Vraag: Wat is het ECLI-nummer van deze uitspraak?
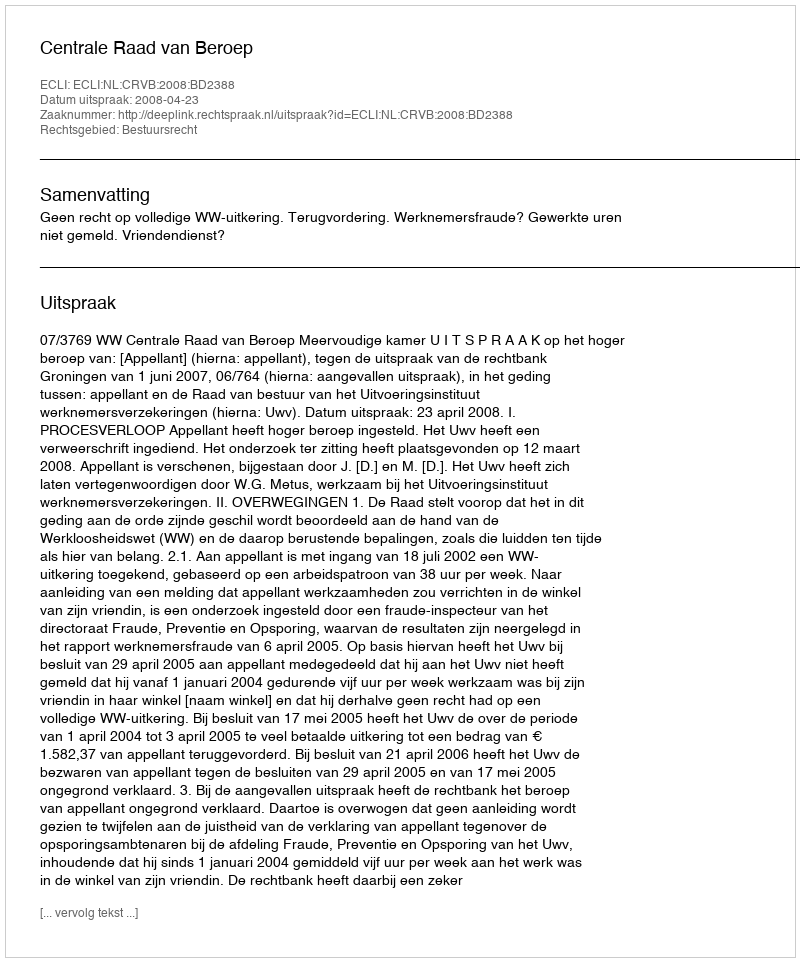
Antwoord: ECLI:NL:CRVB:2008:BD2388